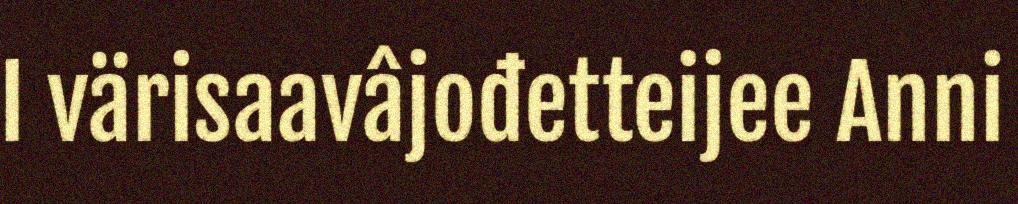
I värisaavâjođetteijee Anni